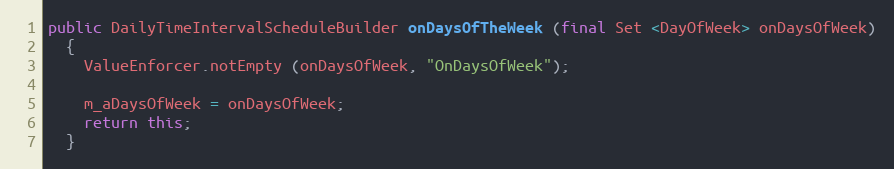
Language: Java
public DailyTimeIntervalScheduleBuilder onDaysOfTheWeek (final Set <DayOfWeek> onDaysOfWeek)
  {
    ValueEnforcer.notEmpty (onDaysOfWeek, "OnDaysOfWeek");

    m_aDaysOfWeek = onDaysOfWeek;
    return this;
  }